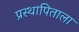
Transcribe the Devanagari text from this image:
प्रस्थापिताला